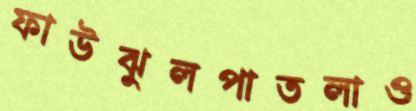
ফাউঝুলপাতলাও